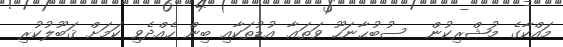
މައްކާގެ މުޝްރިކުން  ސުބުޙާނަހޫ ވަތަޢާ އުޑުތަކާއި ބިން ހެއްދެވި ކަމަށް ޤަބޫލުކުރި